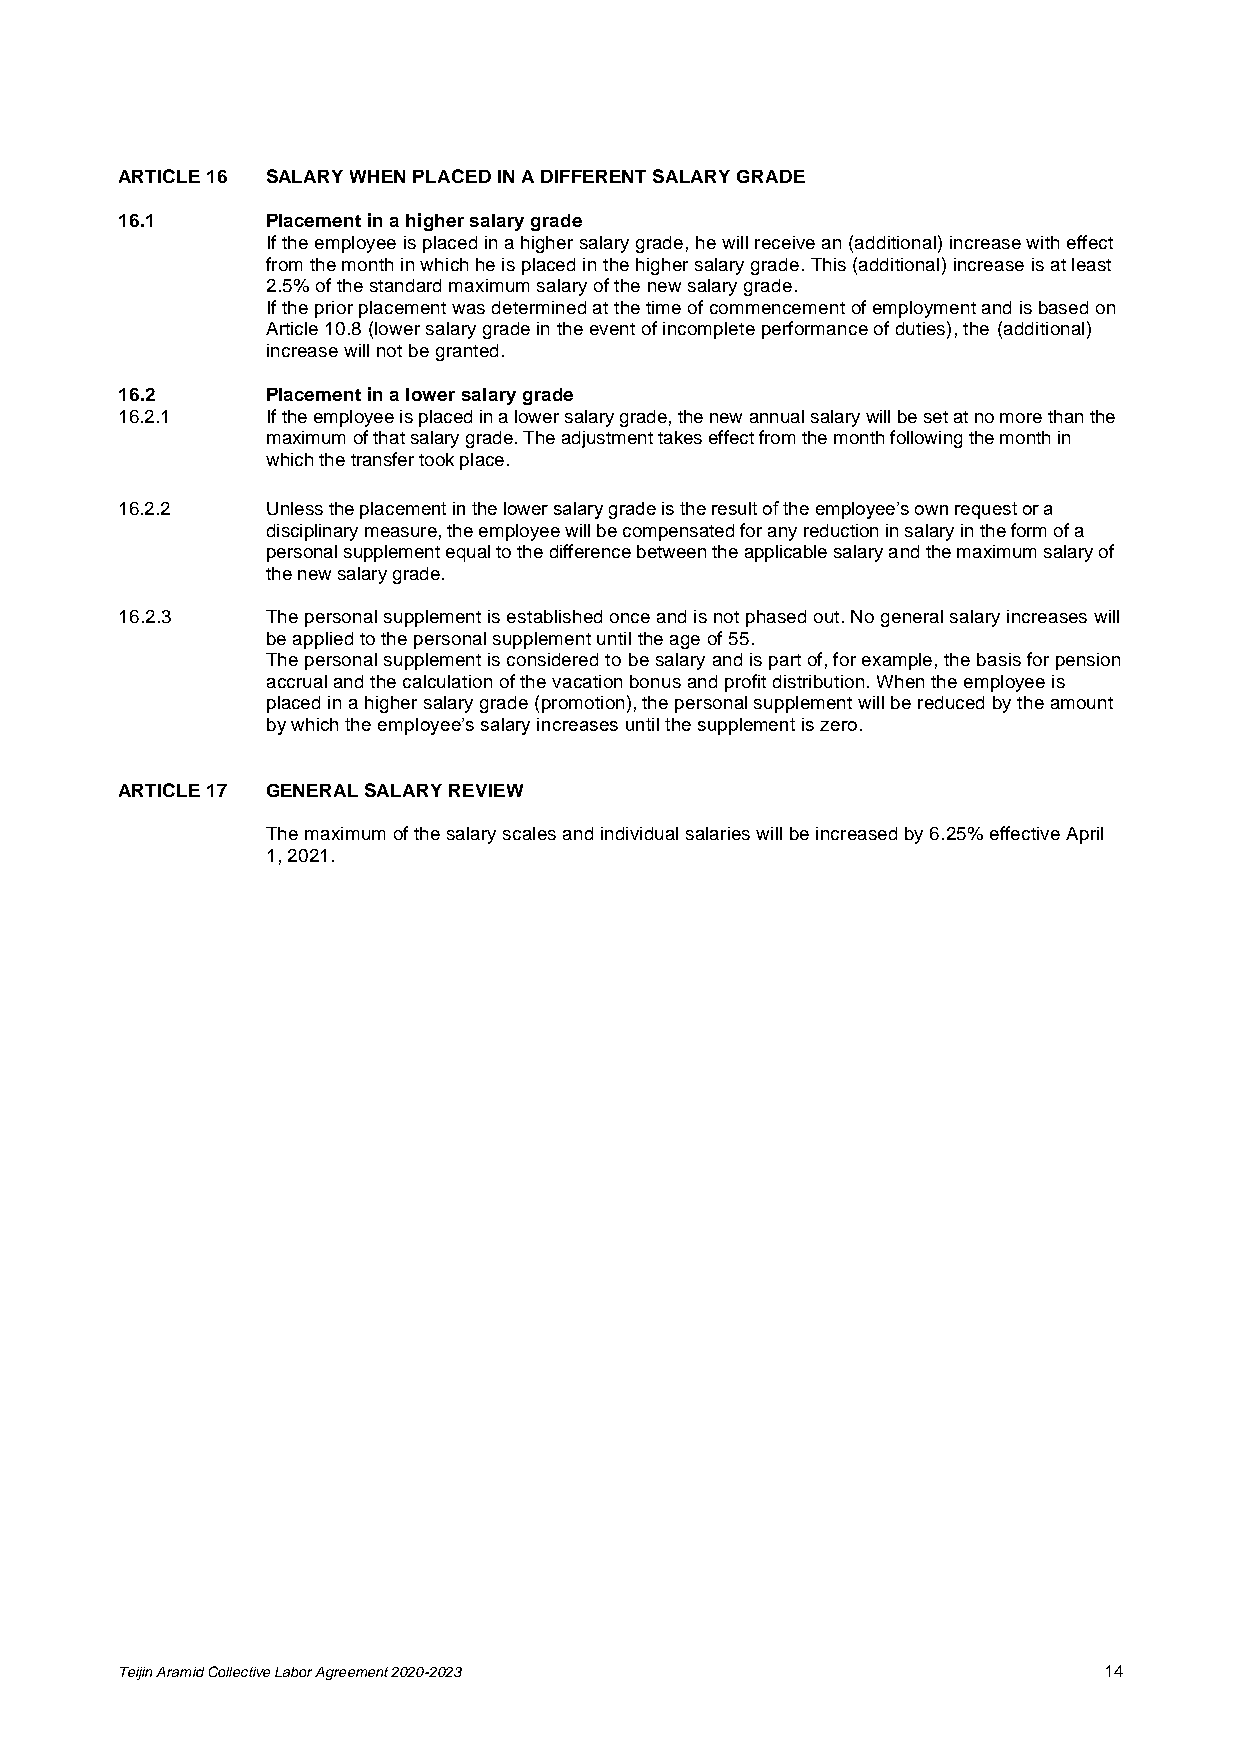
ARTICLE 16 SALARY WHEN PLACED IN A DIFFERENT SALARY GRADE
 16.1      Placement in a higher salary grade
 If the employee is placed in a higher salary grade, he will receive an (additional) increase with effect
 from the month in which he is placed in the higher salary grade. This (additional) increase is at least
 2.5% of the standard maximum salary of the new salary grade.
 If the prior placement was determined at the time of commencement of employment and is based on
 Article 10.8 (lower salary grade in the event of incomplete performance of duties), the (additional)
 increase will not be granted.
 16.2      Placement in a lower salary grade
 16.2.1    If the employee is placed in a lower salary grade, the new annual salary will be set at no more than the
 maximum of that salary grade. The adjustment takes effect from the month following the month in
 which the transfer took place.
 16.2.2    Unless the placement in the lower salary grade is the result of the employee’s own request or a
 disciplinary measure, the employee will be compensated for any reduction in salary in the form of a
 personal supplement equal to the difference between the applicable salary and the maximum salary of
 the new salary grade.
 16.2.3    The personal supplement is established once and is not phased out. No general salary increases will
 be applied to the personal supplement until the age of 55.
 The personal supplement is considered to be salary and is part of, for example, the basis for pension
 accrual and the calculation of the vacation bonus and profit distribution. When the employee is
 placed in a higher salary grade (promotion), the personal supplement will be reduced by the amount
 by which the employee’s salary increases until the supplement is zero.
 ARTICLE 17 GENERAL SALARY REVIEW
 The maximum of the salary scales and individual salaries will be increased by 6.25% effective April
 1, 2021.
 Teijin Aramid Collective Labor Agreement 2020-2023               14